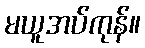
မယူအပ်ကုန်။